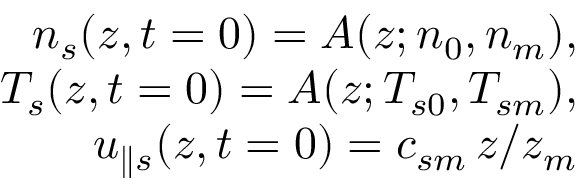
\begin{array} { r } { n _ { s } ( z , t = 0 ) = A ( z ; n _ { 0 } , n _ { m } ) , } \\ { T _ { s } ( z , t = 0 ) = A ( z ; T _ { s 0 } , T _ { s m } ) , } \\ { u _ { \parallel s } ( z , t = 0 ) = c _ { s m } \, z / z _ { m } } \end{array}